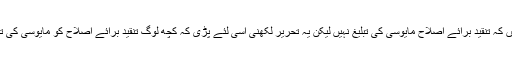
اس میں‌کوئی شک نہیں کہ تنقید برائے اصلاح مایوسی کی تبلیغ نہیں لیکن یہ تحریر لکھنی اسی لئے پڑی کہ کچھ لوگ تنقید برائے اصلاح کو مایوسی کی تبلیغ سمجھ رہے تھے۔